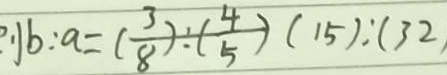
b : a = ( \frac { 3 } { 8 } ) : ( \frac { 4 } { 5 } ) ( 1 5 ) : ( 3 2 )